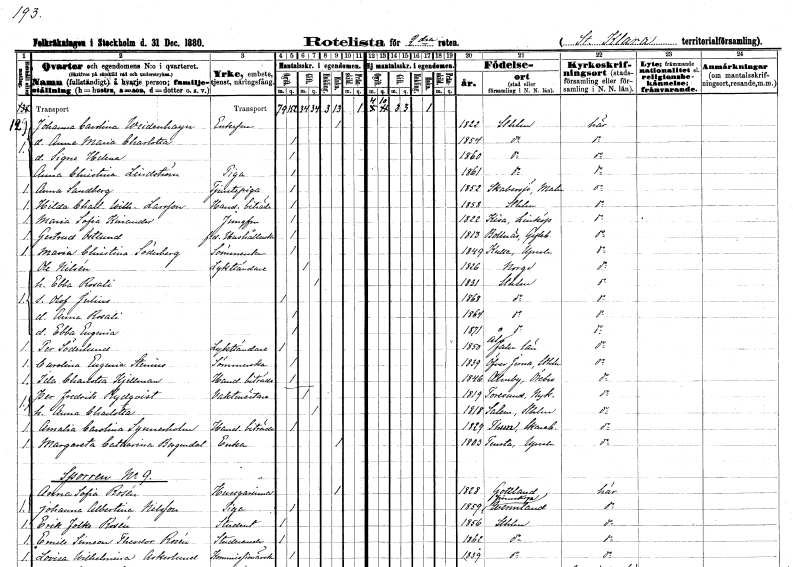
gt_parse: households: individuals: FN: Johanna Carolina
EN: Weidenhayn
KON: K
CIV: E
FODAR: 1822
FODFORS: Stockholm
FN: Anna Maria Charlotta
KON: K
CIV: O
FODAR: 1854
FODFORS: Stockholm
FN: Signe Helena
KON: K
CIV: O
FODAR: 1860
FODFORS: Stockholm
FN: Anna Christina
EN: Lindström
YRKE: Piga
KON: K
CIV: O
FODAR: 1861
FODFORS: Stockholm
FN: Anna
EN: Sandberg
YRKE: Tjänstepiga
KON: K
CIV: O
FODAR: 1852
FODFORS: Skabersjö Malmöhus län
FN: Hilda Charlotta Wilhelmina
EN: Larsson
YRKE: Handelsbiträde
KON: K
CIV: O
FODAR: 1858
FODFORS: Stockholm
FN: Maria Sofia
EN: Kinander
YRKE: Jungfru
KON: K
CIV: O
FODAR: 1822
FODFORS: Kisa Östergötlands län
FN: Gertrud
EN: Östlund
YRKE: Hushållerska f.d.
KON: K
CIV: O
FODAR: 1813
FODFORS: Bollnäs Gävleborgs län
FN: Maria Christina
EN: Söderberg
YRKE: Sömmerska
KON: K
CIV: O
FODAR: 1849
FODFORS: Kulla Uppsala län
FN: Ole
EN: Nilsén
YRKE: Lykttändare
KON: M
CIV: G
FODAR: 1826
FN: Ebba Rosali
KON: K
CIV: G
FODAR: 1831
FODFORS: Stockholm
FN: Olof Julius
KON: M
CIV: O
FODAR: 1868
FODFORS: Stockholm
FN: Anna Rosali
KON: K
CIV: O
FODAR: 1864
FODFORS: Stockholm
FN: Ebba Eugenia
KON: K
CIV: O
FODAR: 1871
FODFORS: Stockholm
FN: Per
EN: Söderlund
YRKE: Lykttändare
KON: M
CIV: O
FODAR: 1850
FODFORS: Ål Kopparbergs län
FN: Carolina Eugenia
EN: Stenius
YRKE: Sömmerska
KON: K
CIV: O
FODAR: 1839
FODFORS: Överjärna Stockholms län
FN: Ida Charlotta
EN: Kjellman
YRKE: Handelsbiträde
KON: K
CIV: O
FODAR: 1846
FODFORS: Almby Örebro län
FN: Per Fredrik
EN: Rydqvist
YRKE: Vaktmästare
KON: M
CIV: G
FODAR: 1819
FODFORS: Toresund Södermanlands län
FN: Anna Charlotta
KON: K
CIV: G
FODAR: 1818
FODFORS: Salem Stockholms län
FN: Amalia Carolina
EN: Synnerholm
YRKE: Handelsbiträde
KON: K
CIV: O
FODAR: 1829
FODFORS: Tun Skaraborgs län
FN: Margareta Catharina
EN: Bergendal
YRKE: Änka
KON: K
CIV: E
FODAR: 1803
FODFORS: Tensta Uppsala län